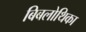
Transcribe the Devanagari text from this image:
बिबलोथिका